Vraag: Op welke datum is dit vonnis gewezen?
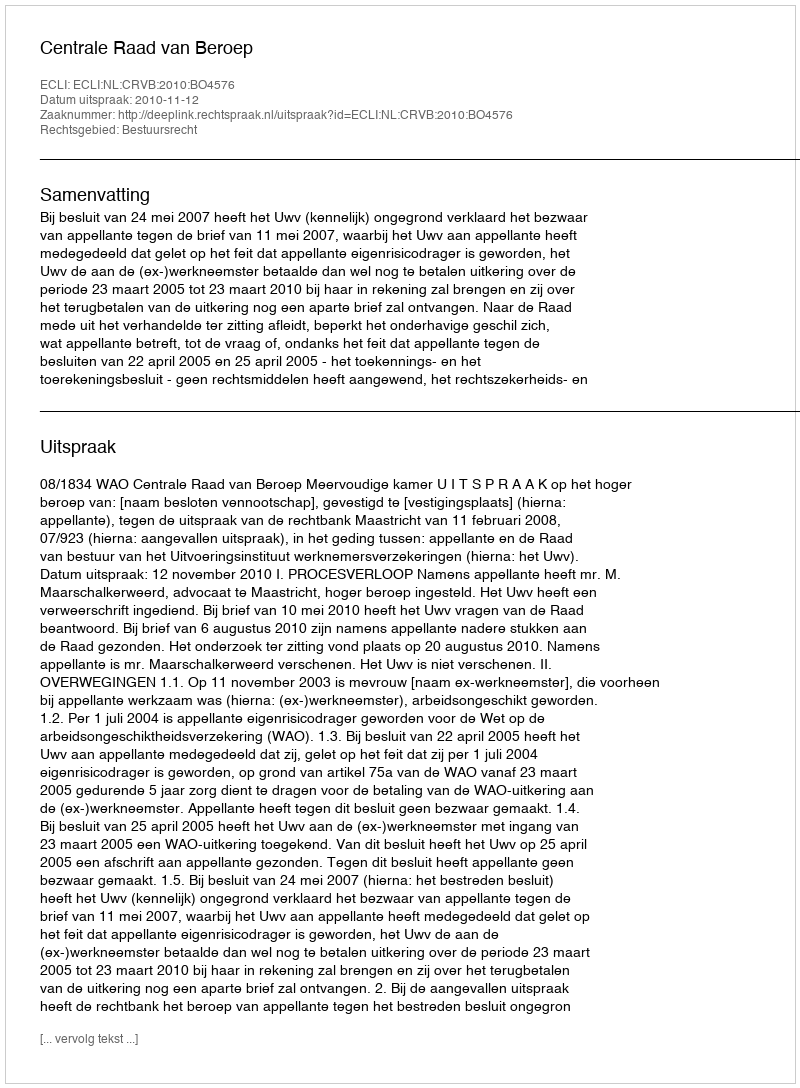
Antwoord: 2010-11-12